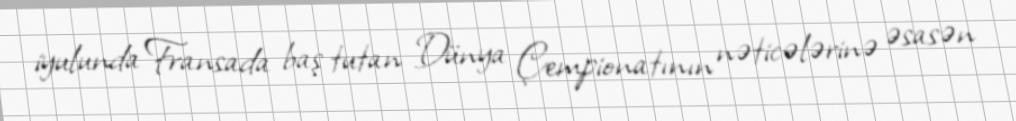
iyulunda Fransada baş tutan Dünya Çempionatının nəticələrinə əsasən